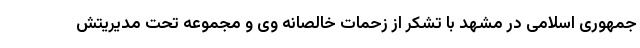
جمهوری اسلامی در مشهد با تشکر از زحمات خالصانه وی و مجموعه تحت مدیریتش